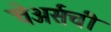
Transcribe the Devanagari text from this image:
चेअर्सची